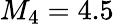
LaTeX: M_{4}=4.5